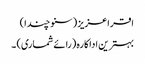
اقراعزیز (سنو چندا)
بہترین اداکارہ (رائے شماری) ۔